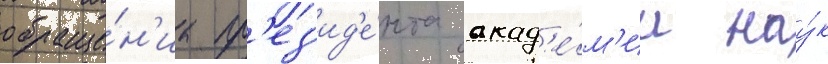
обраще́н'иа пр'ез'ид'е́нта акад'е́м'ии нау́к